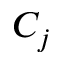
C _ { j }